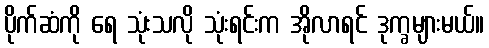
ပိုက်ဆံကို ရေ သုံးသလို သုံးရင်းက အိုလာရင် ဒုက္ခများမယ်။